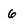
Character: 6